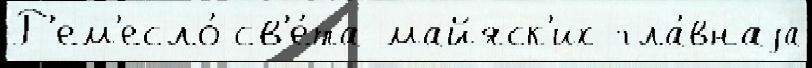
Р'ем'есло́ св'е́та майяск'их гла́внаjа